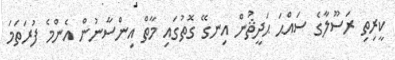
ކީރިތި ރަސޫލާގެ ސައްޙަ ޙަދީޘުން އިނގޭ ގޮތުގައި މާތް އިންސާނުން އެންމެ ފުރަތަމަ